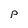
Character: P